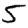
Digit: 5